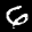
Digit: 6